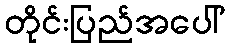
တိုင်းပြည်အပေါ်